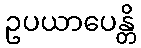
ဥပယာပေန္တိ